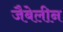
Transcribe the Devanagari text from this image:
जैबेलीन